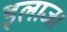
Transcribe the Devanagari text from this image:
इलाज।